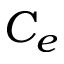
C _ { e }